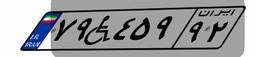
۷۷W۲۹۵۹۶